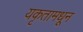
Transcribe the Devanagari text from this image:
यकृतामधून